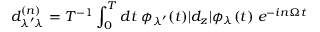
d _ { \lambda ^ { \prime } \lambda } ^ { ( n ) } = T ^ { - 1 } \int _ { 0 } ^ { T } d t \llangle \phi _ { \lambda ^ { \prime } } ( t ) | d _ { z } | \phi _ { \lambda } ( t ) \rrangle e ^ { - i n \Omega t }